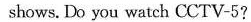
shows. Do you watch CCTV-5?